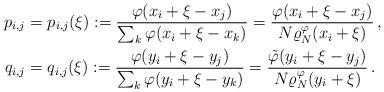
LaTeX: \begin{align*}p_{i,j} & = p_{i,j}(\xi) := \frac{\varphi(x_i+\xi-x_j)}{\sum_k \varphi(x_i+\xi-x_k)} = \frac{\varphi(x_i+\xi-x_j)}{N \varrho_N^\varphi(x_i+\xi)}\,, \\ q_{i,j} & = q_{i,j}(\xi) := \frac{\varphi(y_i+\xi-y_j)}{\sum_k \varphi(y_i+\xi-y_k)} = \frac{\tilde \varphi(y_i+\xi-y_j)}{N \varrho_N^\varphi(y_i+\xi)}\,.\end{align*}